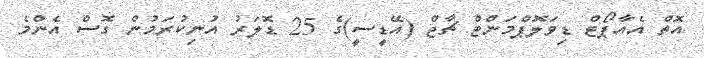
އޮތް އެއާޕޯޓް ޑިވަލޮޕްމަންޓް ޗާޖް (އޭޑީސީ)ގެ 25 ޑޮލަރު އުނިކުރަމުން ގޮސް އެންމެ